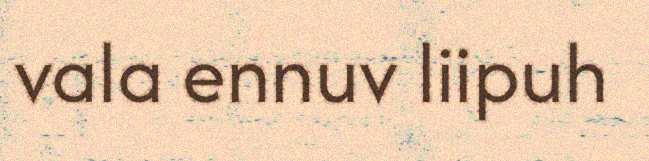
vala ennuv liipuh